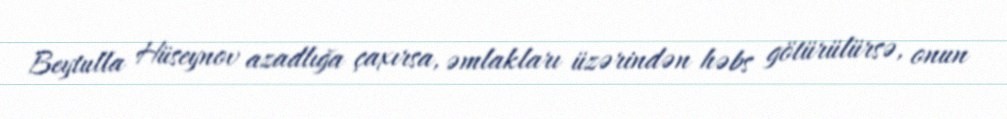
Beytulla Hüseynov azadlığa çaxırsa, əmlakları üzərindən həbs götürülürsə, onun